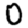
Digit: 0